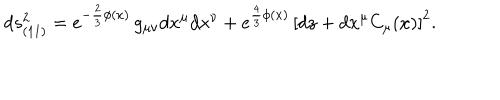
LaTeX: d s _ { ( 1 1 ) } ^ { 2 } = e ^ { - \frac 2 3 \phi ( x ) } \, g _ { \mu \nu } d x ^ { \mu } d x ^ { \nu } + e ^ { \frac 4 3 \phi ( x ) } \, \left[ d z + d x ^ { \mu } C _ { \mu } ( x ) \right] ^ { 2 } .